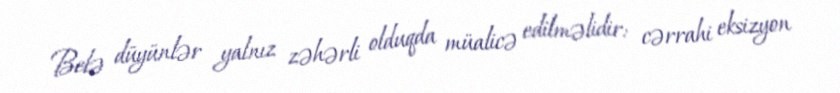
Belə düyünlər yalnız zəhərli olduqda müalicə edilməlidir: cərrahi eksizyon